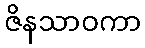
ဇိနသာဝကာ